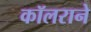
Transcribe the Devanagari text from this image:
कॉलराने